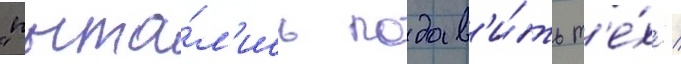
"пыта́л'ись подав'и́ть т'е́х /